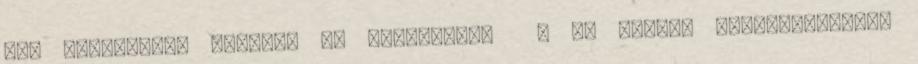
nap találkozom ezekkel az emberekkel ? és bátran kijelenthetem,